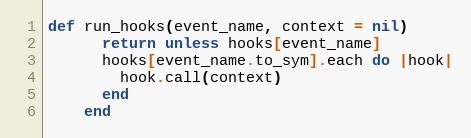
Language: Ruby
def run_hooks(event_name, context = nil)
      return unless hooks[event_name]
      hooks[event_name.to_sym].each do |hook|
        hook.call(context)
      end
    end